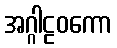
အဂ္ဂါဠဝကော